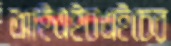
আইএইচএইচের